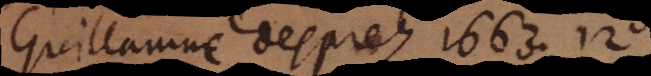
Guillaume Desprez 1663. 12°.